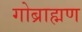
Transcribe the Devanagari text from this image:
गोब्राह्मण